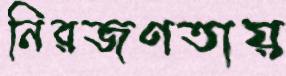
নিরজণতায়